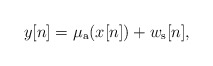
\begin{align*}y[n]=\mu_{\rm a}(x[n])+w_{\rm s}[n],\end{align*}